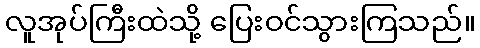
လူအုပ်ကြီးထဲသို့ ပြေးဝင်သွားကြသည်။